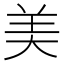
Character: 美